Annual report of the Punjab Veterinary College and of the Civil Veterinary Department, Punjab - 1926-1932
Year: 1926
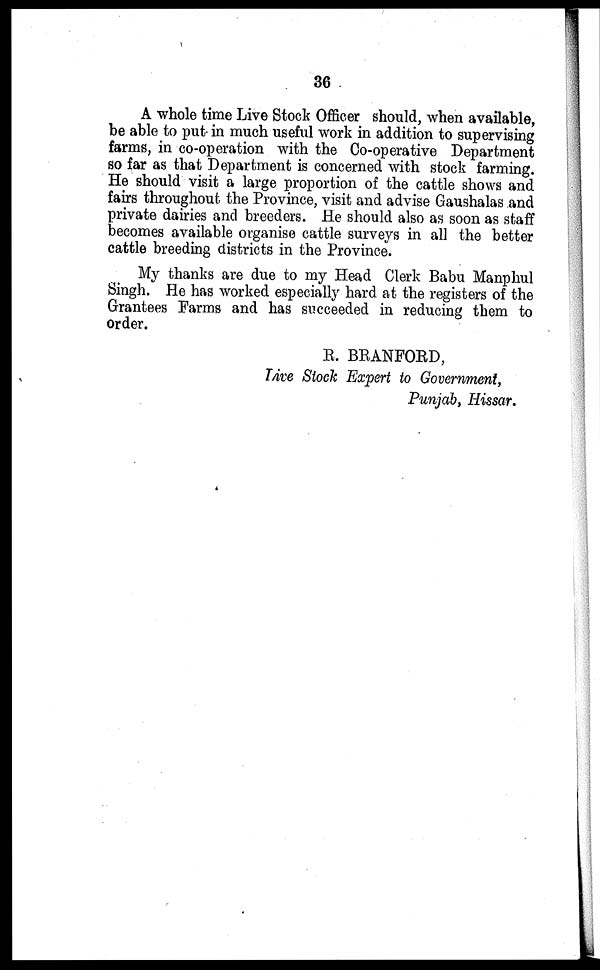
36
A whole time Live Stock Officer should, when available,
be able to put in much useful work in addition to supervising
farms, in co-operation with the Co-operative Department
so far as that Department is concerned with stock farming.
He should visit a large proportion of the cattle shows and
fairs throughout the Province, visit and advise Gaushalas and
private dairies and breeders. He should also as soon as staff
becomes available organise cattle surveys in all the better
cattle breeding districts in the Province.
My thanks are due to my Head Clerk Babu Manphul
Singh. He has worked especially hard at the registers of the
Grantees Farms and has succeeded in reducing them to
order.
R. BRANFORD,
Live Stock Expert to Government,
Punjab, Hissar.